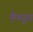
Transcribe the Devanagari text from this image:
मैनपुरा